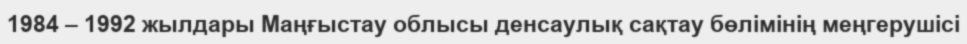
1984 – 1992 жылдары Маңғыстау облысы денсаулық сақтау бөлімінің меңгерушісі